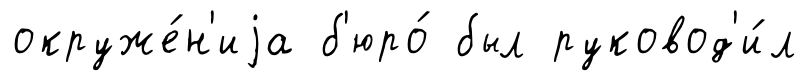
окруже́н'иjа б'юро́ был руковод'и́л